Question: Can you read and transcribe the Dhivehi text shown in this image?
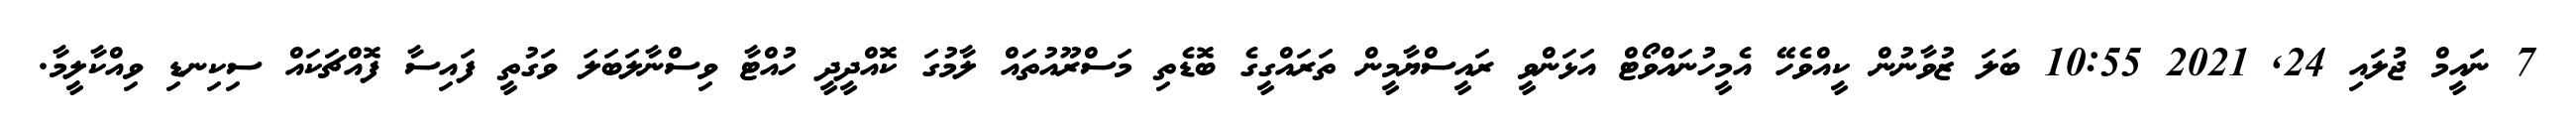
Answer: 7 ނަައީމް ޖުލައި 24, 2021 10:55 ބަލަ ޒުވާނުން ކީއްވެހޭ އެމީހުނައްވޯޓް އަޅަންވީ ރައީސްޔާމީން ތަރައްގީގެ ބޮޑެތި މަސްރޫއުތައް ލާމުގަ ކޮއްދީދީ ހުއްޓާ ވިސްނާލަބަލަ ވަގުތީ ފައިސާ ފޮއްޗަކައް ސިކިނޑި ވިއްކާލީމާ.